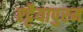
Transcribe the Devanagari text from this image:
एट्टैयापुरम